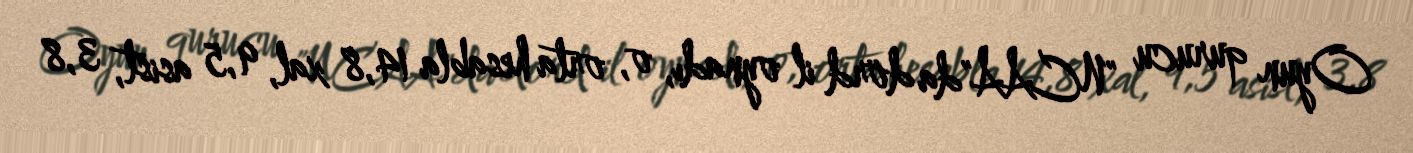
Oyun qurucu "NCAA"da dörd il oynadı, o, orta hesabla 14,8 xal, 9,5 asist, 3,8